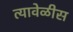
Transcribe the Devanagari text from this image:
त्यावेळीस